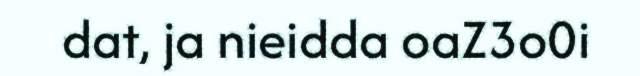
dat, ja nieidda oaZ3o0i